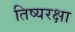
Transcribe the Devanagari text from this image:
तिष्यरक्षा